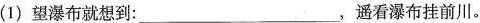
(1) 望瀑布就想到：___，遥看瀑布挂前川。